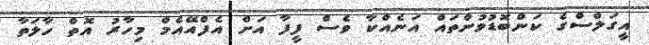
އީގަލްސްގެ ކަންބޮޑުވުންތައް އަނެއްކާ ވެސް ފީފާ އަށް އެފްއޭއެމް މިހާރު އޮތް ހާލަތާ